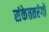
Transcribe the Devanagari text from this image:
संकेततरंगों